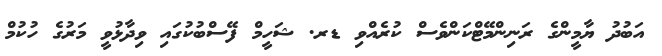
އަބުދު ޔާމީންގެ ރަނިންމޭޓްކަންވެސް ކުރެއްވި ޑރ. ޝަހީމް ފޭސްބުކުގައި ވިދާޅުވީ މަރުގެ ހުކުމް